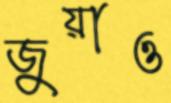
জুয়াও